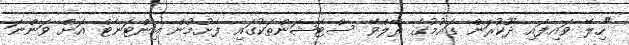
"ހިލޭ ވައިފައި ދޫކުރަން ގައުމުގެ ރޭލްވޭ ސްޓޭޝަންތަކުގައި ފެށުމުން އިންޓަނެޓް އަށް ވަންނަ